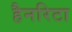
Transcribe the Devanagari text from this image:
हैनरिटा